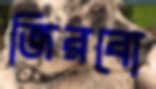
জিরবো